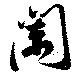
闌